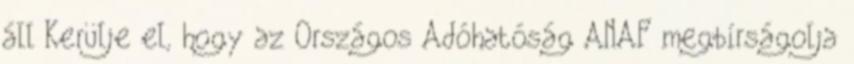
áll Kerülje el, hogy az Országos Adóhatóság ANAF megbírságolja